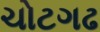
ચોટગઢ